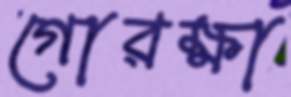
গোরক্ষা